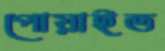
পোয়াইত